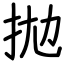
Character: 拋